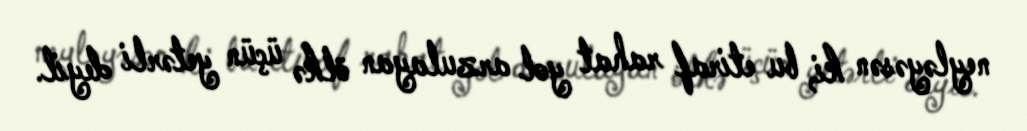
neyləyəsən ki, bu etiraf rahat yol arzulayan ölkə üçün yetərli deyil.